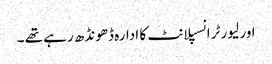
اور لیور ٹرانسپلانٹ کا ادارہ ڈھونڈھ رہے تھے ۔